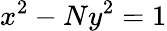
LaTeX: x^{2}-Ny^{2}=1